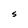
Character: S